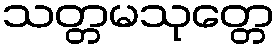
သတ္တမသုတ္တေ